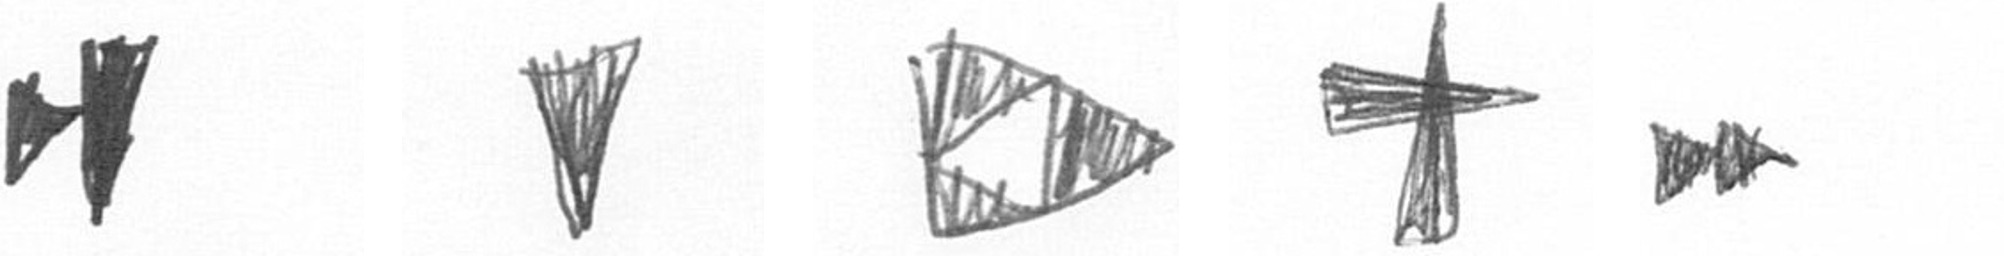
M J K G A